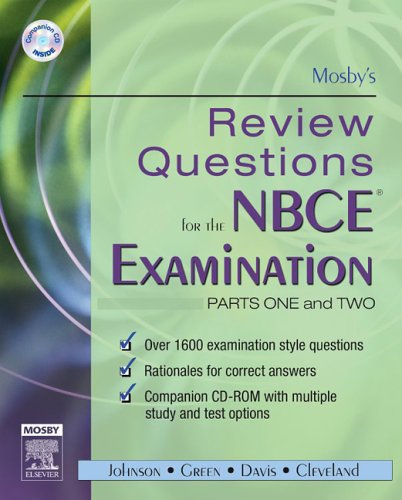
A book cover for Mosby's Review Questions for the NBCE Examination: Parts I and II (Pts. 1 & 2); Mosby; Medical Books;